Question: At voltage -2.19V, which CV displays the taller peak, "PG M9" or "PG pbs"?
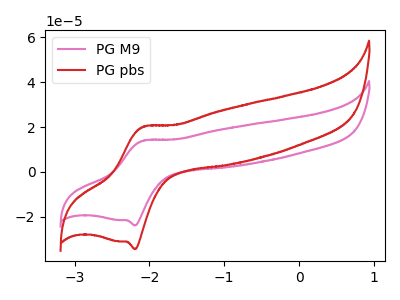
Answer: <think>The pink curve "PG M9" has an anodic peak at (-2.10V, 13.95uA) and a cathodic peak at (-2.20V, -23.75uA). The red curve "PG pbs" has an anodic peak at (-2.10V, 20.10uA) and a cathodic peak at (-2.20V, -34.30uA).</think>
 <answer>The peak at -2.19V is lower in "PG M9" than in "PG pbs".</answer>
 <eval>lower</eval>